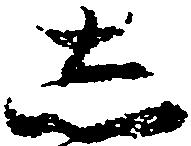
し